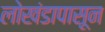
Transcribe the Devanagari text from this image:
लाेखंडापासून